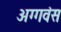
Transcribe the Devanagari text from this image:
अग्गवंस